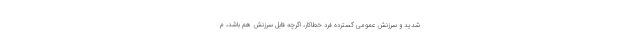
شدید و سرزنش عمومی گسترده فرد خطاکار، اگرچه قابل سرزنش هم باشد، م